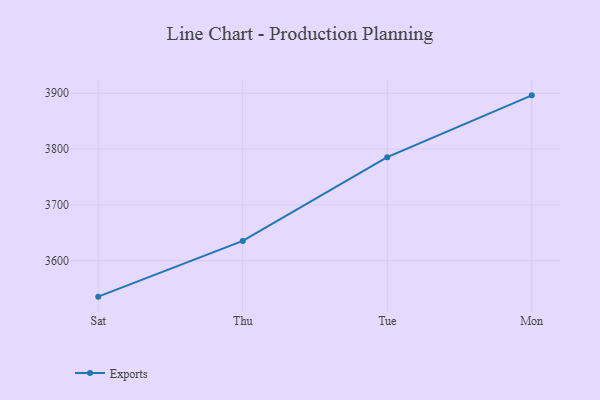
{"axis": {"x": "Day", "y": "Waste Production (Tons)"}, "legend": ["Exports"], "data": [{"x": "Sat", "y": 3535.5, "type": "Exports"}, {"x": "Thu", "y": 3635.4, "type": "Exports"}, {"x": "Tue", "y": 3785.5, "type": "Exports"}, {"x": "Mon", "y": 3896.3, "type": "Exports"}]}